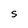
Character: S